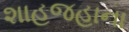
શાહજહાના